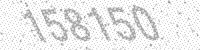
Solution: 158150